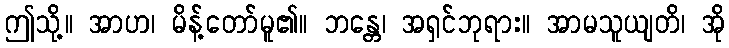
ဤသို့။ အာဟ၊ မိန့်တော်မူ၏။ ဘန္တေ၊ အရှင်ဘုရား။ အာမသူယျတိ၊ အို